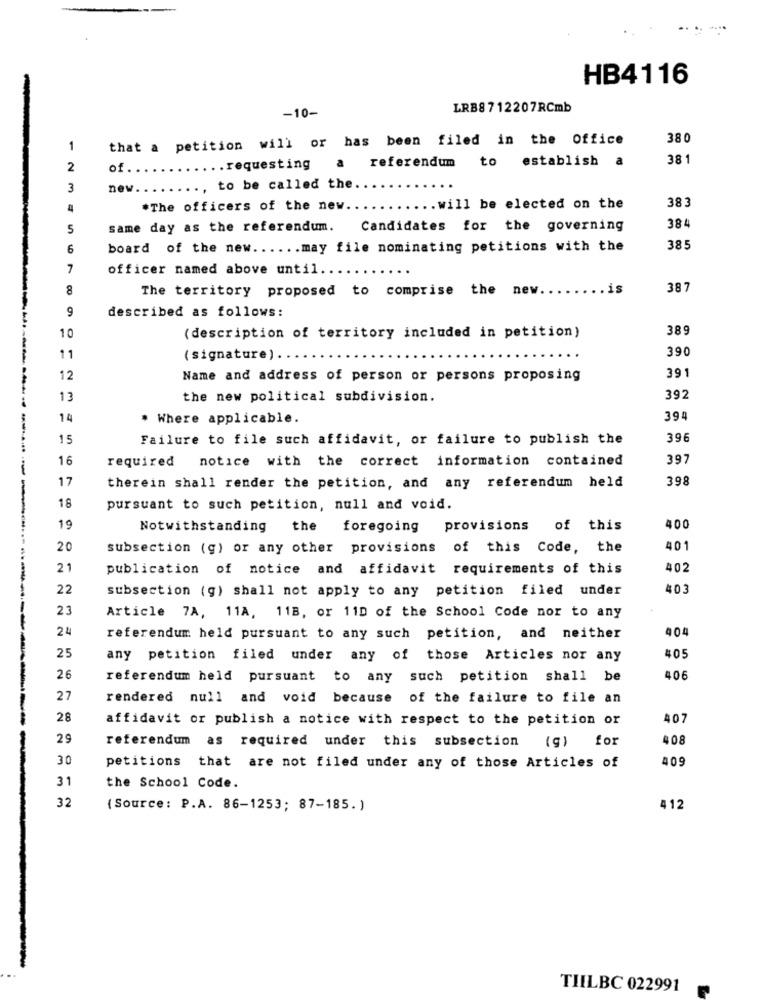
HB4116
-10-
LRB8712207RCmb
that a petition will or has been filed in the Office
380
1
referendum to establish
a
38 1
2
of.
.. requesting
3
new ..
.., to be called the.
4
*The officers of the new ........... will be elected on the
383
384
5
same day as the referendum.
Candidates for the governing
6
board of the new ...... may file nominating petitions with the
385
7
officer named above until.
8
The territory proposed to comprise the new.
.is
387
9
described as follows:
10
( description of territory included in petition)
389
390
11
(signature) ..
391
12
Name and address of person or persons proposing
13
the new political subdivision.
392
14
* Where applicable.
39
15
Failure to file such affidavit, or failure to publish the
396
16
required
notice with the correct information contained
397
17
398
therein shall render the petition, and any referendum held
18
pursuant to such petition, null and void.
19
Notwithstanding
the foregoing provisions of this
400
20
subsection (g) or any other provisions of this Code, the
401
21
publication of notice and affidavit requirements of this
402
22
subsection (g) shall not apply to any petition filed under
403
23
Article 7A, 11A, 11B, or 11D of the School Code nor to any
24
404
referendum held pursuant to any such petition, and neither
405
25
any petition filed under any of those Articles nor any
26
referendum held pursuant to any such petition shall be
406
27
rendered null and void because of the failure to file an
28
affidavit or publish a notice with respect to the petition or
407
29
408
referendum as required under this subsection (g) for
30
409
petitions that are not filed under any of those Articles of
31
the School Code.
32
(Source : P.A. 86-1253; 87-185. )
412
TILBC 022991